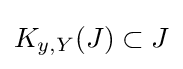
K_{y,Y}(J)\subset J